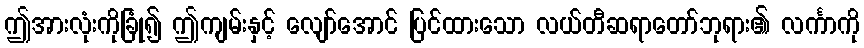
ဤအားလုံးကိုခြုံ၍ ဤကျမ်းနှင့် လျော်အောင် ပြင်ထားသော လယ်တီဆရာတော်ဘုရား၏ လင်္ကာကို